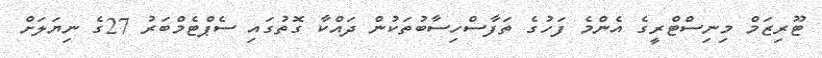
ޓޫރިޒަމް މިނިސްޓްރީގެ އެންމެ ފަހުގެ ތަފާސްހިސާބުތަކުން ދައްކާ ގޮތުގައި ސެޕްޓެމްބަރު 27ގެ ނިޔަލަށް